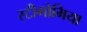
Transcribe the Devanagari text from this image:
स्टीगोमिया